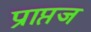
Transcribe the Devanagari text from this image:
प्राप्तज